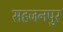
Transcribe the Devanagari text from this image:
सहजनपुर